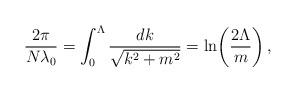
LaTeX: \begin{align*}\frac{2\pi}{N\lambda_0}=\int^{\Lambda}_0\frac{dk}{\sqrt{k^2+m^2}}=\ln\!\left(\frac{2\Lambda}{m}\right) ,\end{align*}